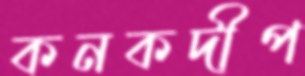
কনকদীপ